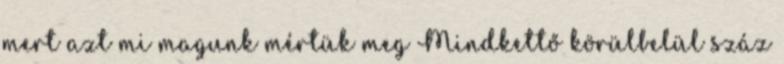
mert azt mi magunk mértük meg Mindkettő körülbelül száz